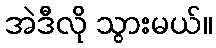
အဲဒီလို သွားမယ်။